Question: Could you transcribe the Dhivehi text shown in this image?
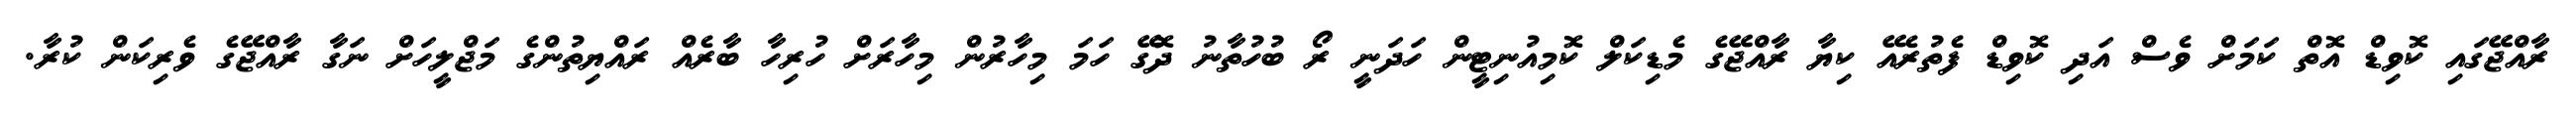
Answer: ރާއްޖޭގައި ކޮވިޑް އޮތް ކަމަށް ވެސް އަދި ކޮވިޑް ފެތުރެއޭ ކިޔާ ރާއްޖޭގެ މެޑިކަލް ކޮމިއުނިޓީން ހަދަނީ ރޯ ބުހުތާނު ދޮގޭ ހަމަ މިހާރުން މިހާރަށް ހުރިހާ ބާރެއް ރައްޔިތުންގެ މަޖްލީހަށް ނަގާ ރާއްޖޭގެ ވެރިކަން ކުރާ.